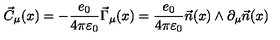
\vec { C } _ { \mu } ( x ) = - \frac { e _ { 0 } } { 4 \pi \varepsilon _ { 0 } } \vec { \Gamma } _ { \mu } ( x ) = \frac { e _ { 0 } } { 4 \pi \varepsilon _ { 0 } } \vec { n } ( x ) \wedge \partial _ { \mu } \vec { n } ( x )